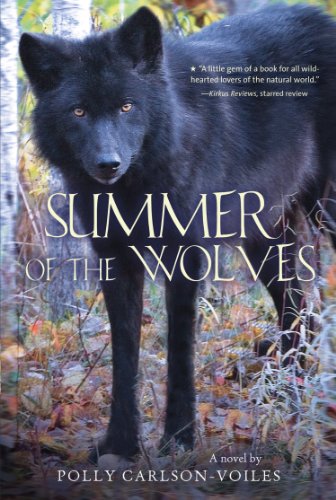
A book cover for Summer of the Wolves; Polly Carlson-Voiles; Children's Books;